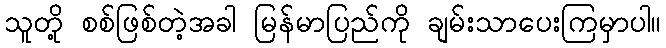
သူတို့ စစ်ဖြစ်တဲ့အခါ မြန်မာပြည်ကို ချမ်းသာပေးကြမှာပါ။